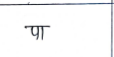
मजकूर: पा